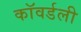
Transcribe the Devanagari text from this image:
कॉवर्डली